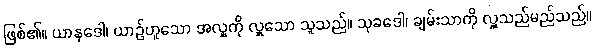
ဖြစ်၏။ ယာနဒေါ၊ ယာဉ်ဟူသော အလှူကို လှူသော သူသည်။ သုခဒေါ၊ ချမ်းသာကို လှူသည်မည်သည်။